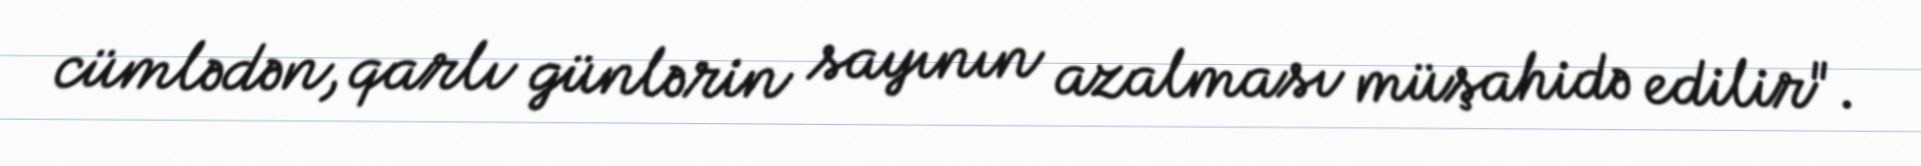
cümlədən, qarlı günlərin sayının azalması müşahidə edilir".